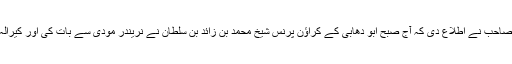
مجھ کو لولو سپر مارکیٹ کے مالک ایم اے یوسف علی صاحب نے اطلاع دی کہ آج صبح ابو دھابی کے کراؤن پرنس شیخ محمد بن زائد بن سلطان نے نریندر مودی سے بات کی اور کیرالہ کو ١٠٠ ملین ڈالر بطور امداد پیش کر نے کا اعلان کیا۔